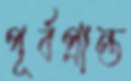
পূর্বপ্রান্ত